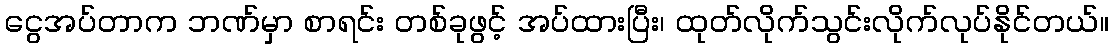
ငွေအပ်တာက ဘဏ်မှာ စာရင်း တစ်ခုဖွင့် အပ်ထားပြီး၊ ထုတ်လိုက်သွင်းလိုက်လုပ်နိုင်တယ်။